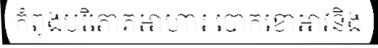
កំពុងបរិភោគអាហារ បោកខោអាវនិង